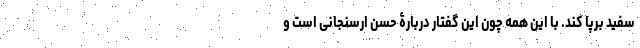
سفید برپا کند. با این همه چون این گفتار دربارۀ حسن ارسنجانی است و